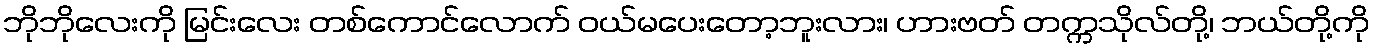
ဘိုဘိုလေးကို မြင်းလေး တစ်ကောင်လောက် ဝယ်မပေးတော့ဘူးလား၊ ဟားဗတ် တက္ကသိုလ်တို့၊ ဘယ်တို့ကို